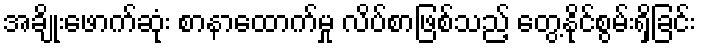
အချိုးဖောက်ဆုံး စာနာထောက်မှု လိပ်စာဖြစ်သည့် တွေ့နိုင်စွမ်းရှိခြင်း